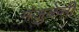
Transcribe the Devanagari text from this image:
मंजुळेंनी